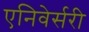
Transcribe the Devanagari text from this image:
एनिवेर्सरी